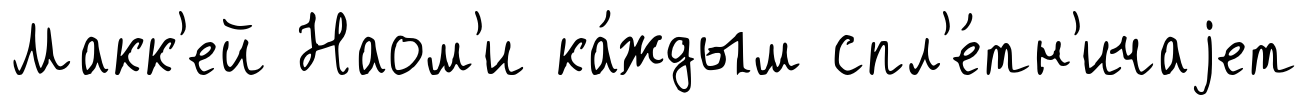
Макк'ей Наом'и ка́ждым спл'е́тн'ичаjет